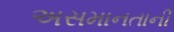
અસમાનતાની